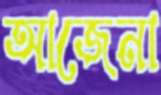
আজেনা